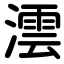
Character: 澐